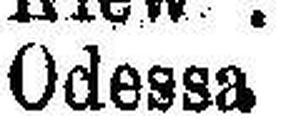
Odessa